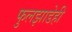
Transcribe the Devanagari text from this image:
फुलझाडेही